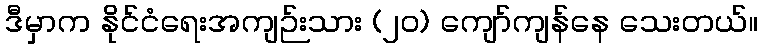
ဒီမှာက နိုင်ငံရေးအကျဉ်းသား (၂၀) ကျော်ကျန်နေ သေးတယ်။